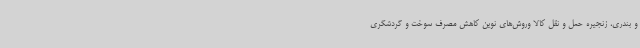
و بندری، زنجیره حمل و نقل کالا وروش‌های نوین کاهش مصرف سوخت و گردشگری